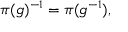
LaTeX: \pi ( g ) ^ { - 1 } = \pi ( g ^ { - 1 } ) ,